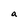
Character: a